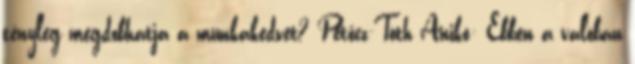
tényleg megdobhatja a munkakedvet? Petőcz-Tóth Anikó: Ebben a valóban